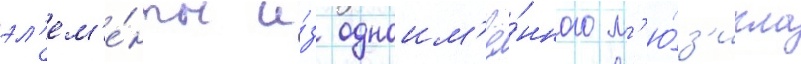
эл'ем'е́нты и́з одноим'ё́нного м'ю́з'икла